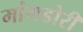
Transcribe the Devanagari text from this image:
मांगडोरी